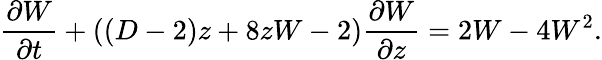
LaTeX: \frac{\partial W}{\partial t}+((D-2)z+8zW-2)\frac{\partial W}{\partial z}=2W-4W^{2}.